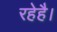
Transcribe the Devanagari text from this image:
रहेहै।